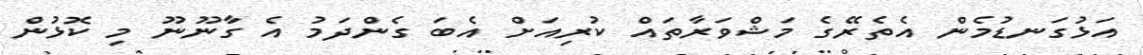
އަޅުގަނޑުމެން އެތެރޭގެ މަޝްވަރާތައް ކުރިއަށް އެބަ ގެންދަމު އެ ގާނޫނޫ މި ކޮޅުން